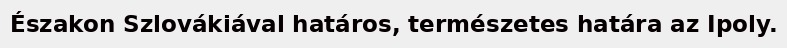
Északon Szlovákiával határos, természetes határa az Ipoly.